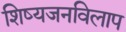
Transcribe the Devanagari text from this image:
शिष्यजनविलाप